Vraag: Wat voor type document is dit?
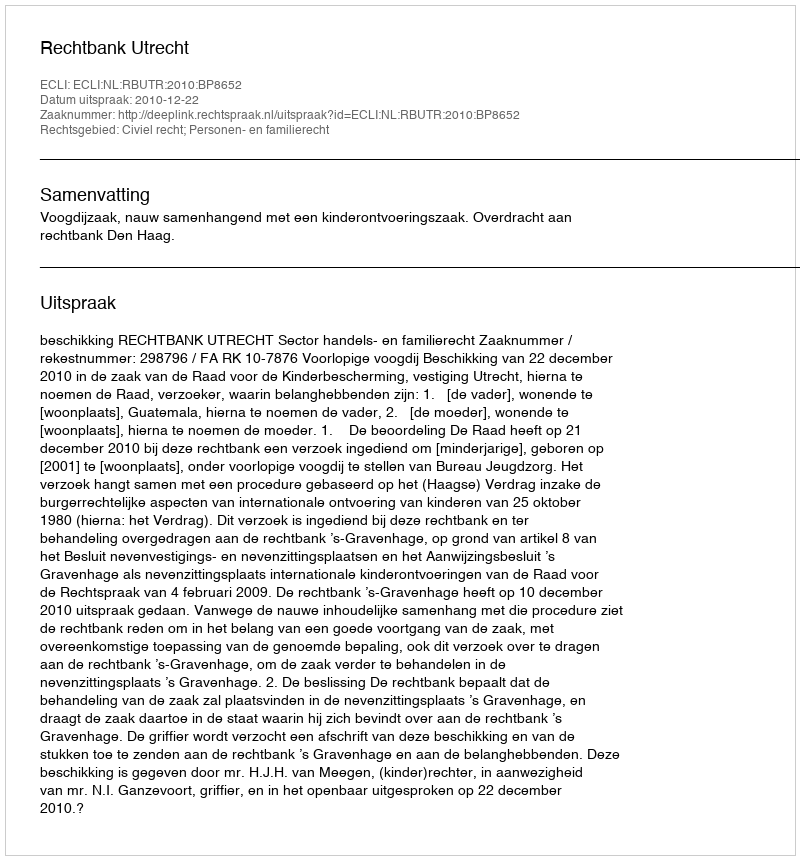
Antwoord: Uitspraak